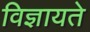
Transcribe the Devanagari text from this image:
विज्ञायते